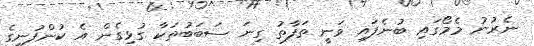
ނެރުނު މެމޯގައި ބުނެފައި ވަނީ ތަފާތު ގިނަ ސަބަބުތަކާ ގުޅިގެން އެ ކުންފުނީގެ